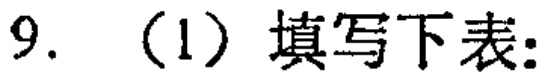
9.（1）填写下表：